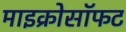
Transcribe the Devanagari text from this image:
माइक्रोसॉफट